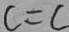
c = c